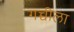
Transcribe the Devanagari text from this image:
गच्चीला